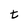
Character: t